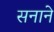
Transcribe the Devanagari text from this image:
सनाने